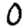
Digit: 0